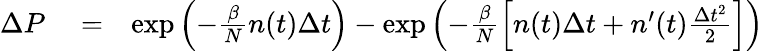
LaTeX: \begin{array}{rlr}{\Delta P}&{{}=}&{\exp{\left(-\frac{\beta}{N}n(t)\Delta t\right)}-\exp{\left(-\frac{\beta}{N}\left[n(t)\Delta t+n^{\prime}(t)\frac{\Delta t^{2}}{2}\right]\right)}}\end{array}